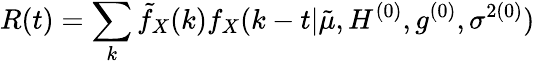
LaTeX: R(t)=\sum_{k}\tilde{f}_{X}(k)f_{X}(k-t|\tilde{\mu},H^{(0)},g^{(0)},\sigma^{2(0)})